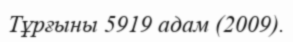
Тұрғыны 5919 адам (2009).